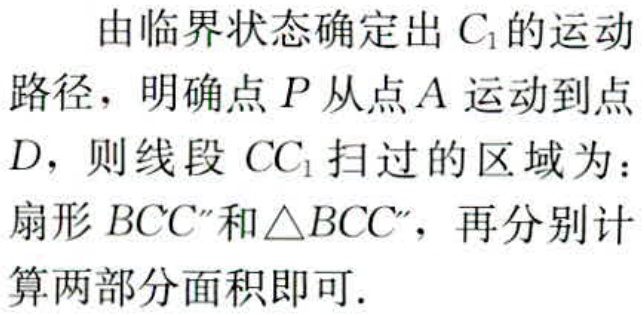
由临界状态确定出 \(C_{1}\) 的运动

路径，明确点 \(P\) 从点 \(A\) 运动到点

\(D\)，则线段 \(CC_{1}\) 扫过的区域为：

扇形 \(BCC''\)和\(\triangle BCC''\)，再分别计

算两部分面积即可.